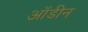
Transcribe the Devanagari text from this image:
ऑडीन